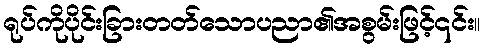
ရုပ်ကိုပိုင်းခြားတတ်သောပညာ၏အစွမ်းဖြင့်၎င်း။